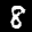
Label: 8